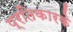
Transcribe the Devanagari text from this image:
प्रतिकारके